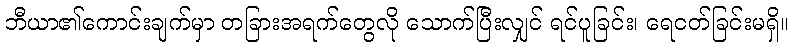
ဘီယာ၏ကောင်းချက်မှာ တခြားအရက်တွေလို သောက်ပြီးလျှင် ရင်ပူခြင်း၊ ရေငတ်ခြင်းမရှိ။